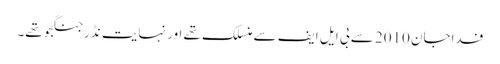
فداجان 2010 سے بی ایل ایف سے منسلک تھے اور نہایت نڈر جنگجو تھے۔